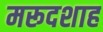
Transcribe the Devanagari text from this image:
मरूदशाह